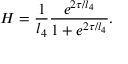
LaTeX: H = \frac { 1 } { l _ { 4 } } \frac { e ^ { 2 \tau / l _ { 4 } } } { 1 + e ^ { 2 \tau / l _ { 4 } } } .